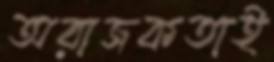
অরাজকতাই